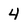
Character: 4